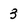
Character: 3